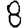
Digit: 8